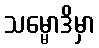
သမ္မောဒိမှာ